Plague in India, 1896, 1897 - Volume 2
Year: 1896
Disease focus: Plague
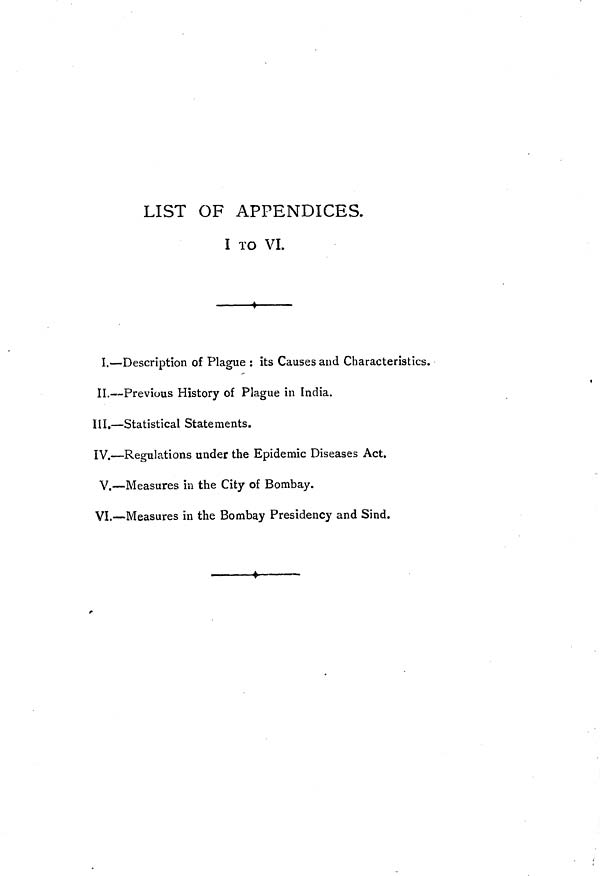
LIST OF APPENDICES.
I TO VI.
I.—Description of Plague : its Causes and Characteristics.
II.—Previous History of Plague in India.
III.—Statistical Statements.
IV.—Regulations under the Epidemic Diseases Act.
V.—Measures in the City of Bombay.
VI.—Measures in the Bombay Presidency and Sind.